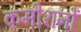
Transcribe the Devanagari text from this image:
कमीशनों